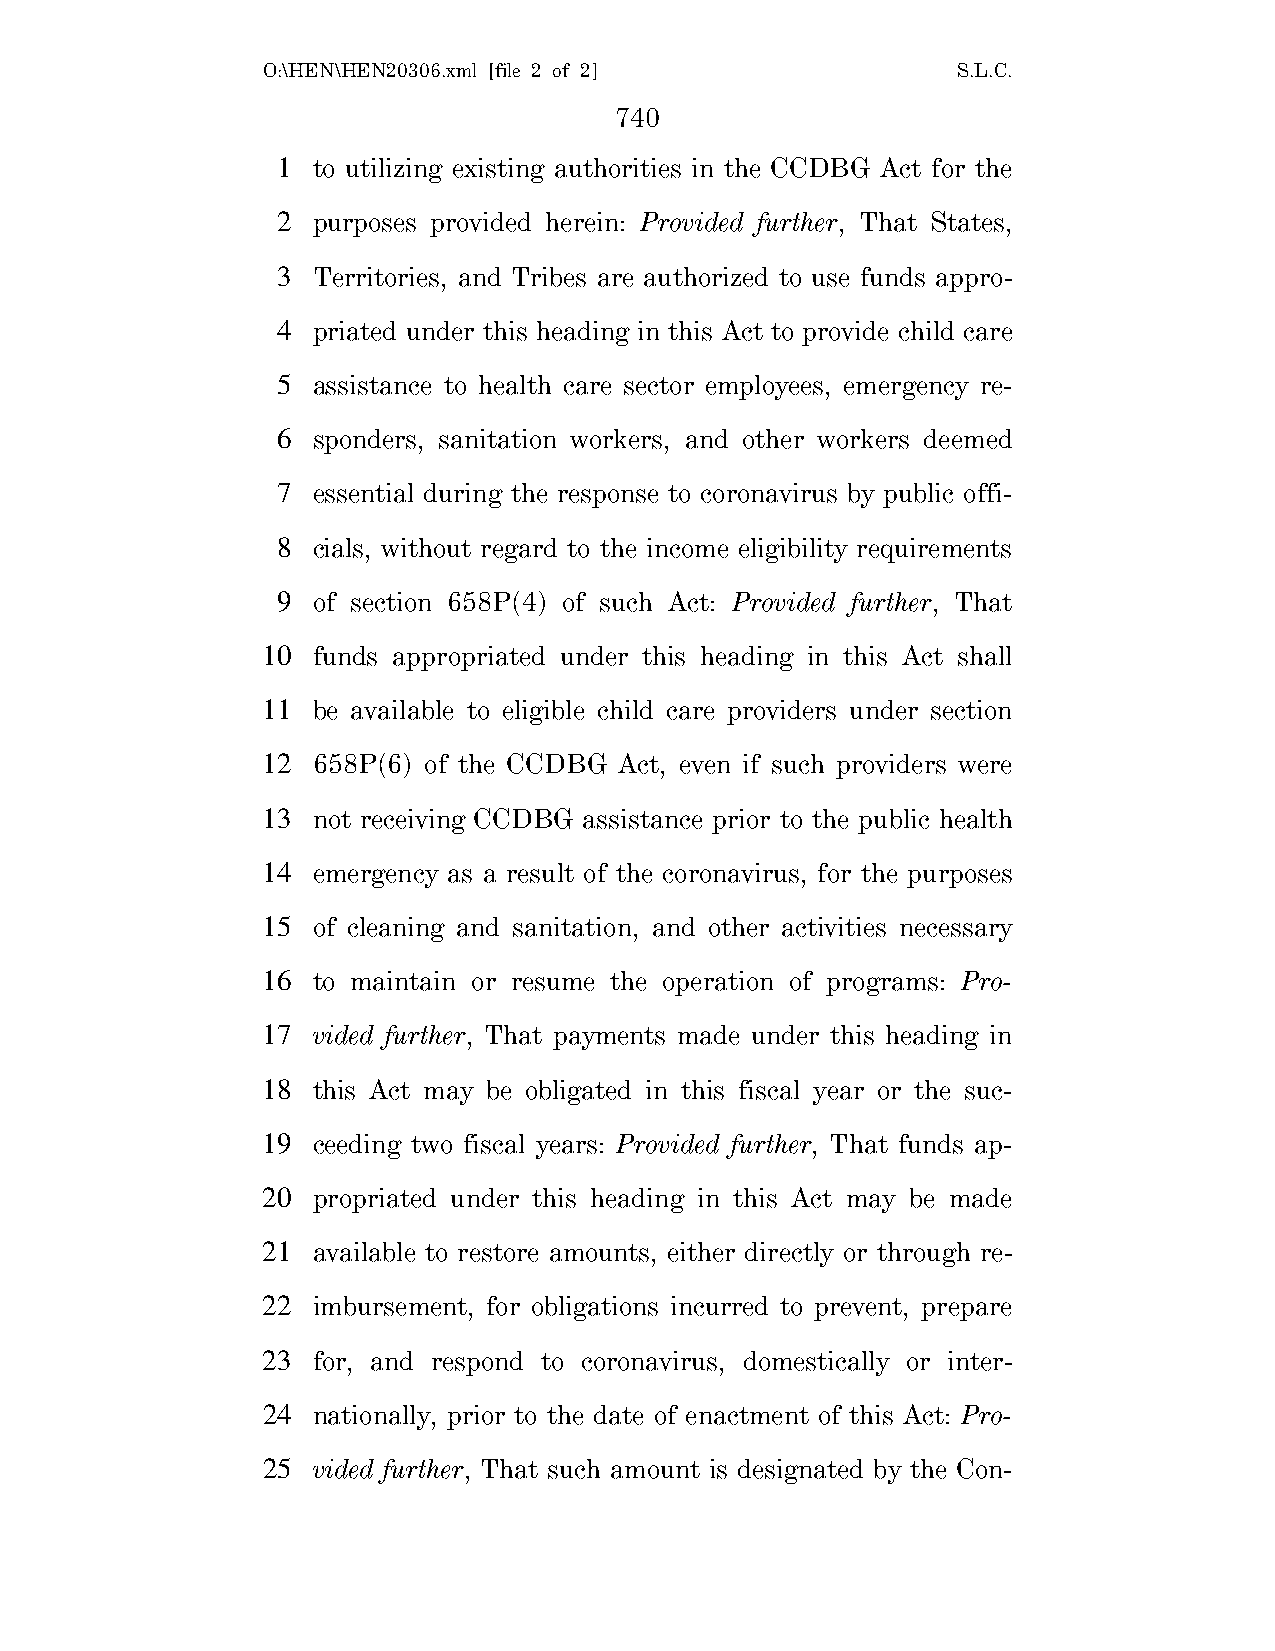
O:\HEN\HEN20306.xml [file 2 of 2]             S.L.C.
 740
 1  to utilizing existing authorities in the CCDBG Act for the
 2  purposes provided herein: Provided further, That States,
 3  Territories, and Tribes are authorized to use funds appro-
 4  priated under this heading in this Act to provide child care
 5  assistance to health care sector employees, emergency re-
 6  sponders, sanitation workers, and other workers deemed
 7  essential during the response to coronavirus by public offi-
 8  cials, without regard to the income eligibility requirements
 9  of section 658P(4) of such Act: Provided further, That
 10  funds appropriated under this heading in this Act shall
 11  be available to eligible child care providers under section
 12  658P(6) of the CCDBG Act, even if such providers were
 13  not receiving CCDBG assistance prior to the public health
 14  emergency as a result of the coronavirus, for the purposes
 15  of cleaning and sanitation, and other activities necessary
 16  to maintain or resume the operation of programs: Pro-
 17  vided further, That payments made under this heading in
 18  this Act may be obligated in this fiscal year or the suc-
 19  ceeding two fiscal years: Provided further, That funds ap-
 20  propriated under this heading in this Act may be made
 21  available to restore amounts, either directly or through re-
 22  imbursement, for obligations incurred to prevent, prepare
 23  for, and respond to coronavirus, domestically or inter-
 24  nationally, prior to the date of enactment of this Act: Pro-
 25  vided further, That such amount is designated by the Con-